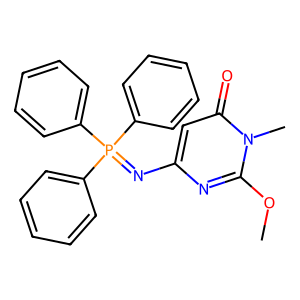
SMILES: COc1nc(N=P(c2ccccc2)(c2ccccc2)c2ccccc2)cc(=O)n1C
Inhibits HIV replication: No